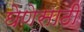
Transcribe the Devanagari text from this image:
घेणेसाठी